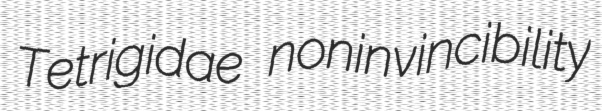
Tetrigidae noninvincibility